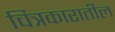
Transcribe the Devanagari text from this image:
चित्रकारातील